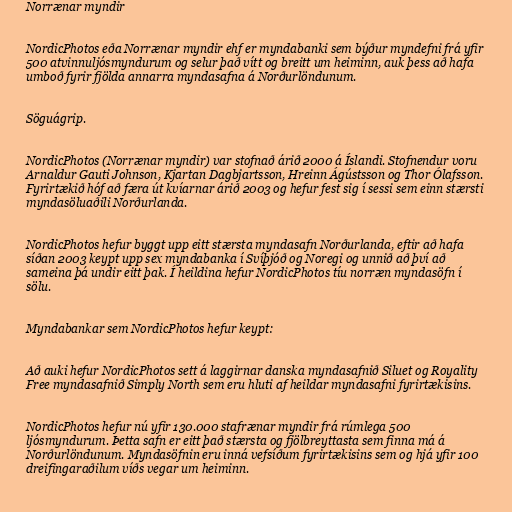
Norrænar myndir

NordicPhotos eða Norrænar myndir ehf er myndabanki sem býður myndefni frá yfir
500 atvinnuljósmyndurum og selur það vítt og breitt um heiminn, auk þess að hafa
umboð fyrir fjölda annarra myndasafna á Norðurlöndunum.

Söguágrip.

NordicPhotos (Norrænar myndir) var stofnað árið 2000 á Íslandi. Stofnendur voru
Arnaldur Gauti Johnson, Kjartan Dagbjartsson, Hreinn Ágústsson og Thor Ólafsson.
Fyrirtækið hóf að færa út kvíarnar árið 2003 og hefur fest sig í sessi sem einn stærsti
myndasöluaðili Norðurlanda.

NordicPhotos hefur byggt upp eitt stærsta myndasafn Norðurlanda, eftir að hafa
síðan 2003 keypt upp sex myndabanka í Svíþjóð og Noregi og unnið að því að
sameina þá undir eitt þak. Í heildina hefur NordicPhotos tíu norræn myndasöfn í
sölu.

Myndabankar sem NordicPhotos hefur keypt:

Að auki hefur NordicPhotos sett á laggirnar danska myndasafnið Siluet og Royality
Free myndasafnið Simply North sem eru hluti af heildar myndasafni fyrirtækisins.

NordicPhotos hefur nú yfir 130.000 stafrænar myndir frá rúmlega 500
ljósmyndurum. Þetta safn er eitt það stærsta og fjölbreyttasta sem finna má á
Norðurlöndunum. Myndasöfnin eru inná vefsíðum fyrirtækisins sem og hjá yfir 100
dreifingaraðilum víðs vegar um heiminn.